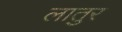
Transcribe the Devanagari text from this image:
लातुर